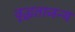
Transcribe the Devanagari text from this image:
वृद्धताजन्य